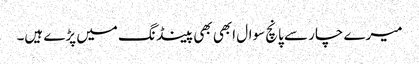
میرے چار سے پانچ سوال ابھی بھی پینڈ نگ میں پڑے ہیں۔